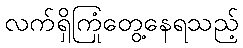
လက်ရှိကြုံတွေ့နေရသည့်